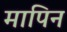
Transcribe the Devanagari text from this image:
मापिन